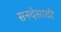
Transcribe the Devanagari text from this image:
सनदेसाठी